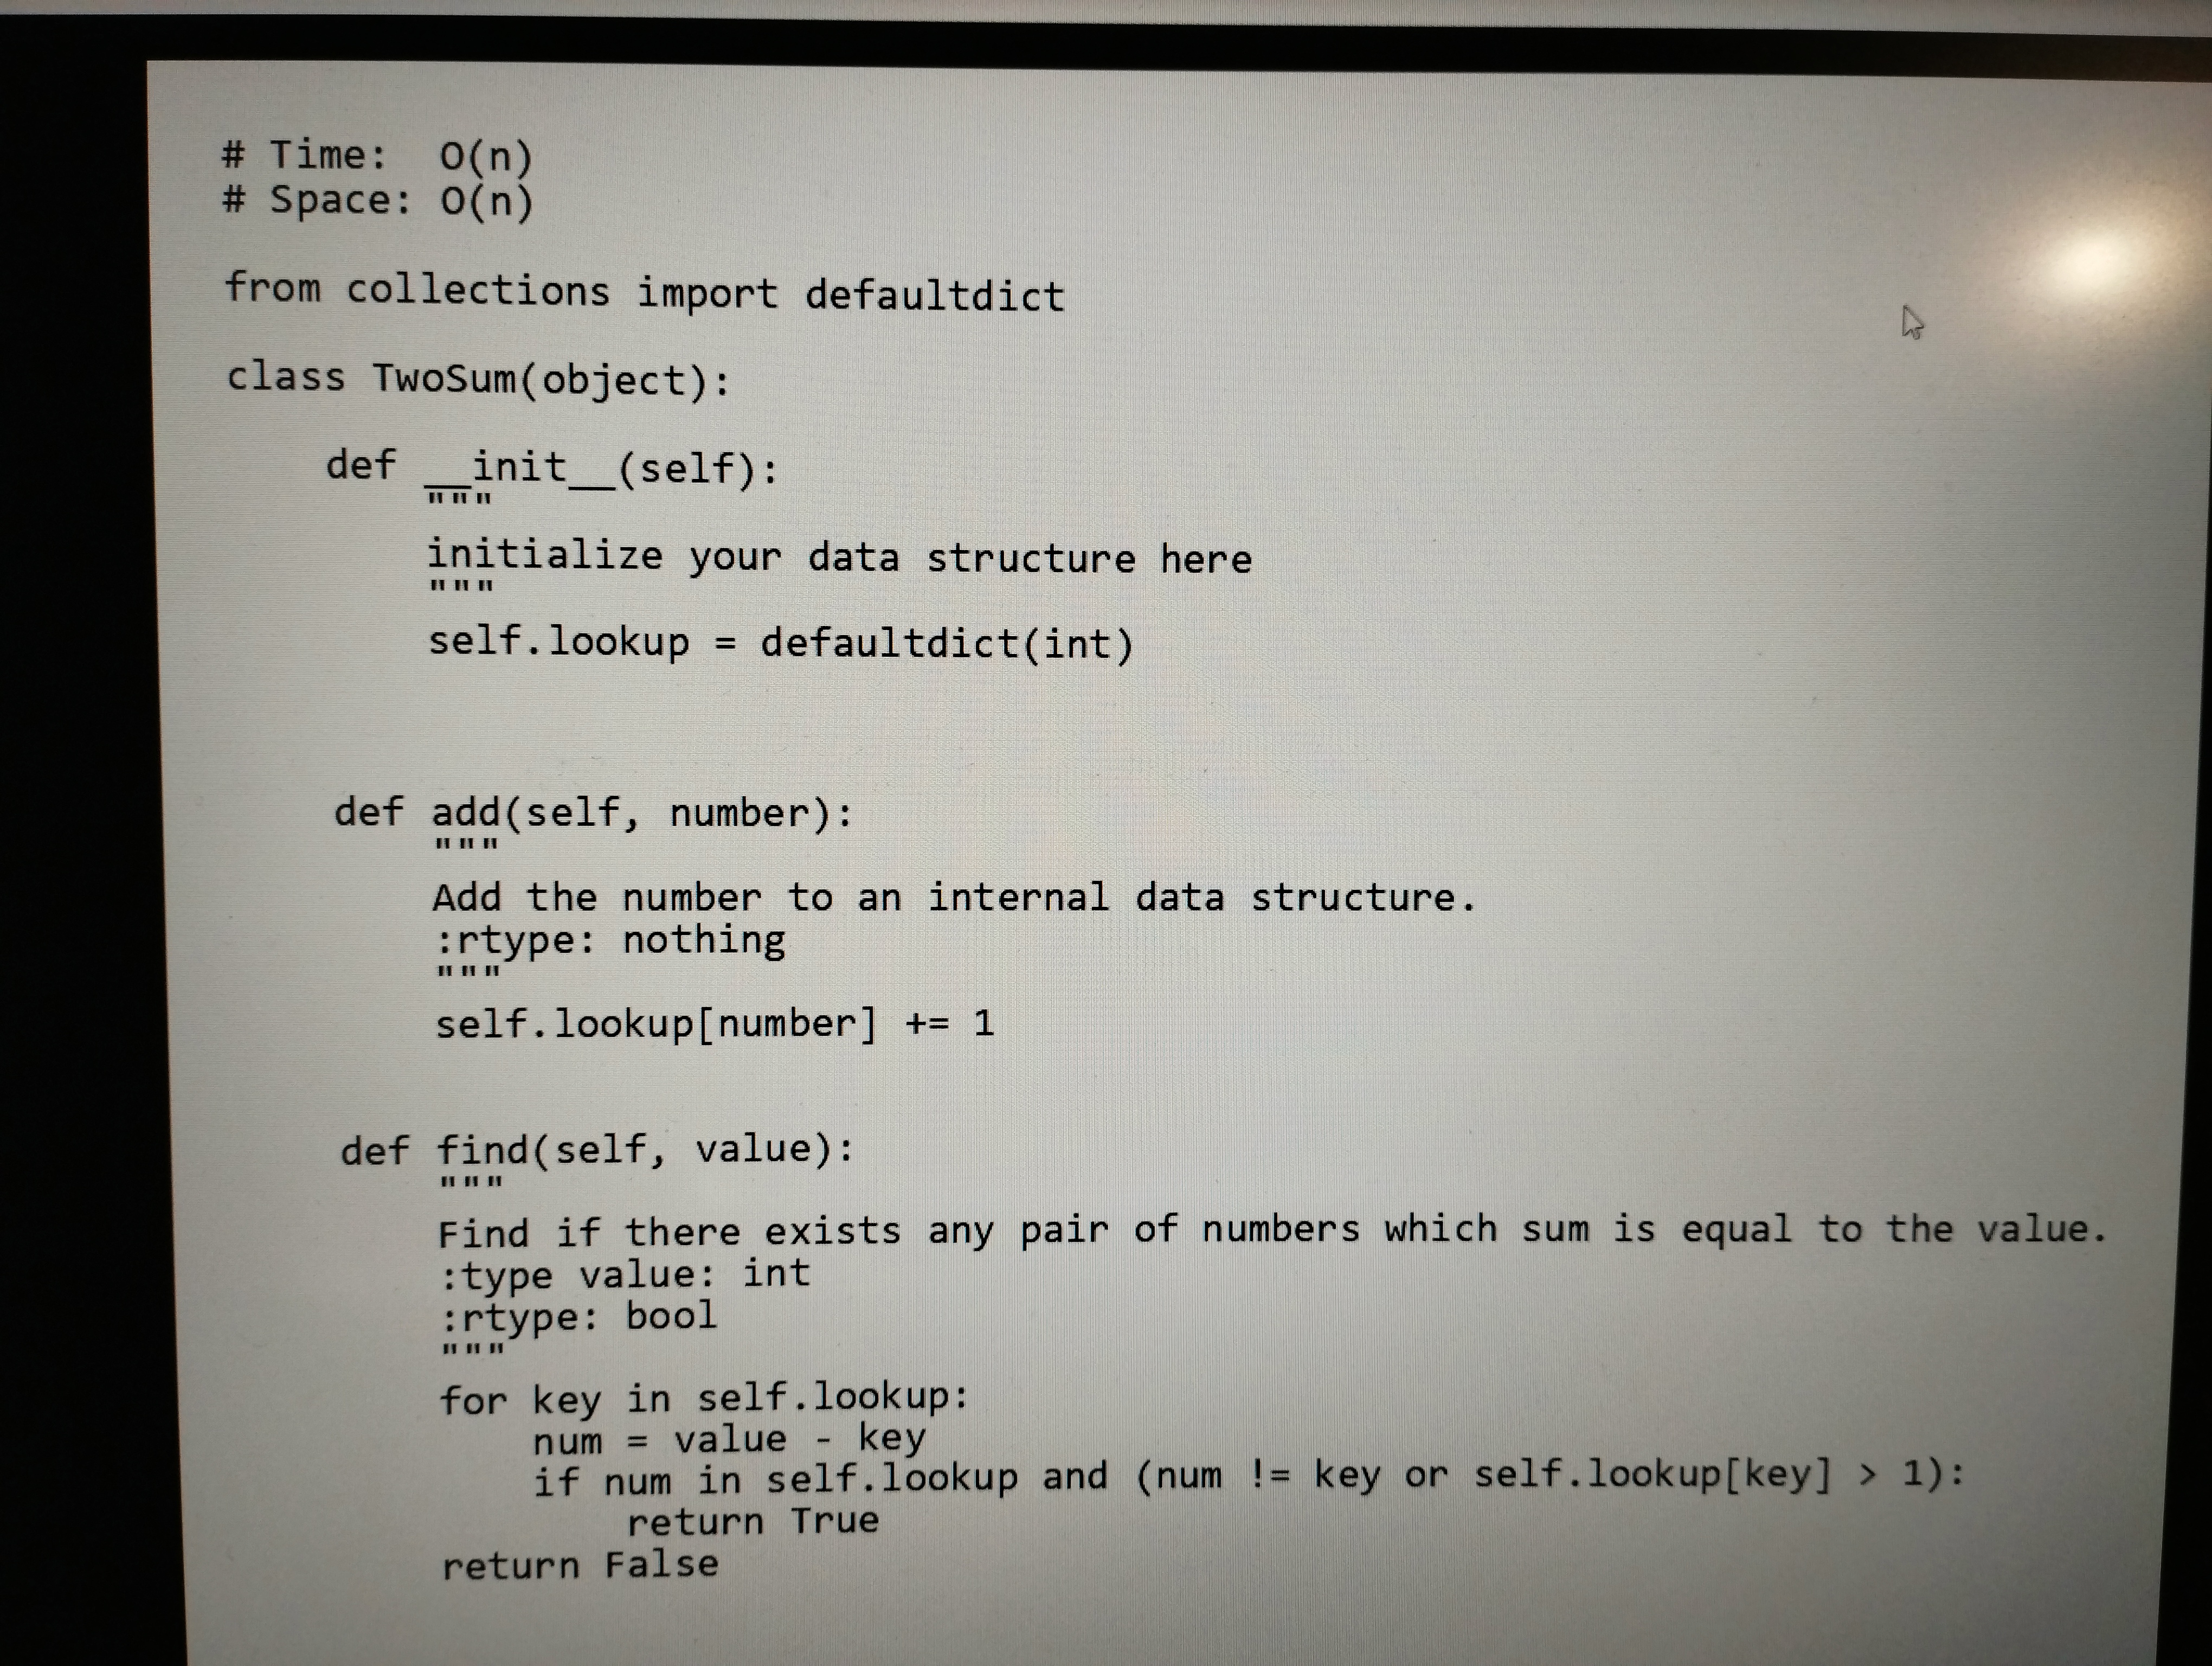
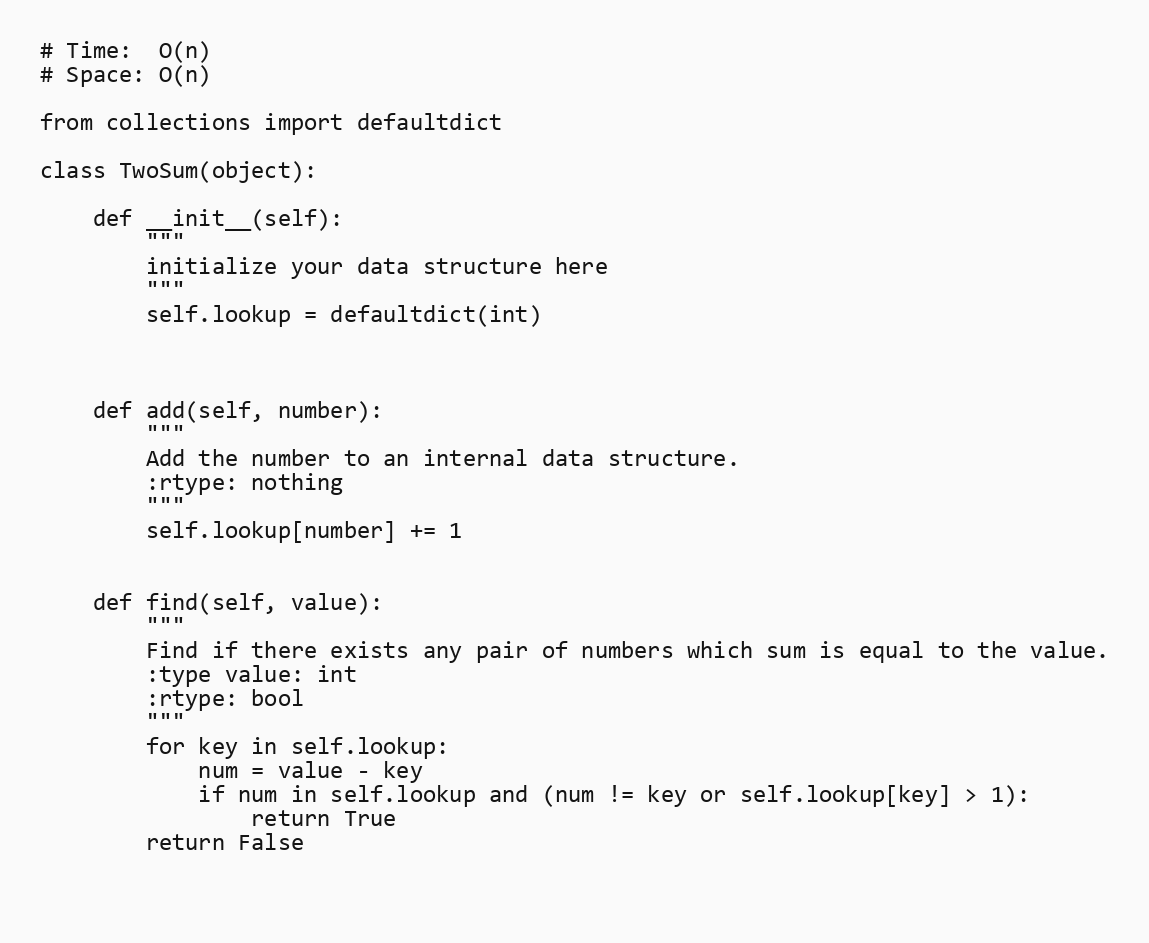
# Time:  O(n)
# Space: O(n)

from collections import defaultdict

class TwoSum(object):

    def __init__(self):
        """
        initialize your data structure here
        """
        self.lookup = defaultdict(int)

    def add(self, number):
        """
        Add the number to an internal data structure.
        :rtype: nothing
        """
        self.lookup[number] += 1

    def find(self, value):
        """
        Find if there exists any pair of numbers which sum is equal to the value.
        :type value: int
        :rtype: bool
        """
        for key in self.lookup:
            num = value - key
            if num in self.lookup and (num != key or self.lookup[key] > 1):
                return True
        return False